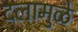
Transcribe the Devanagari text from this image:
दलामुळे